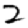
Digit: 2